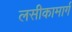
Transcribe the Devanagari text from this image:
लसीकामार्ग